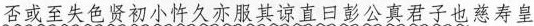
否或至失色贤初小忤久亦服其谅直曰彭公真君子也慈寿皇